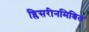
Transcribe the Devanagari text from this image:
ग्लिसरीनमिश्रित